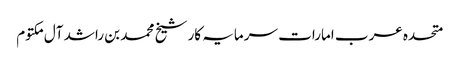
متحدہ عرب امارات سرمایہ کار شیخ محمد بن راشد آل مکتوم